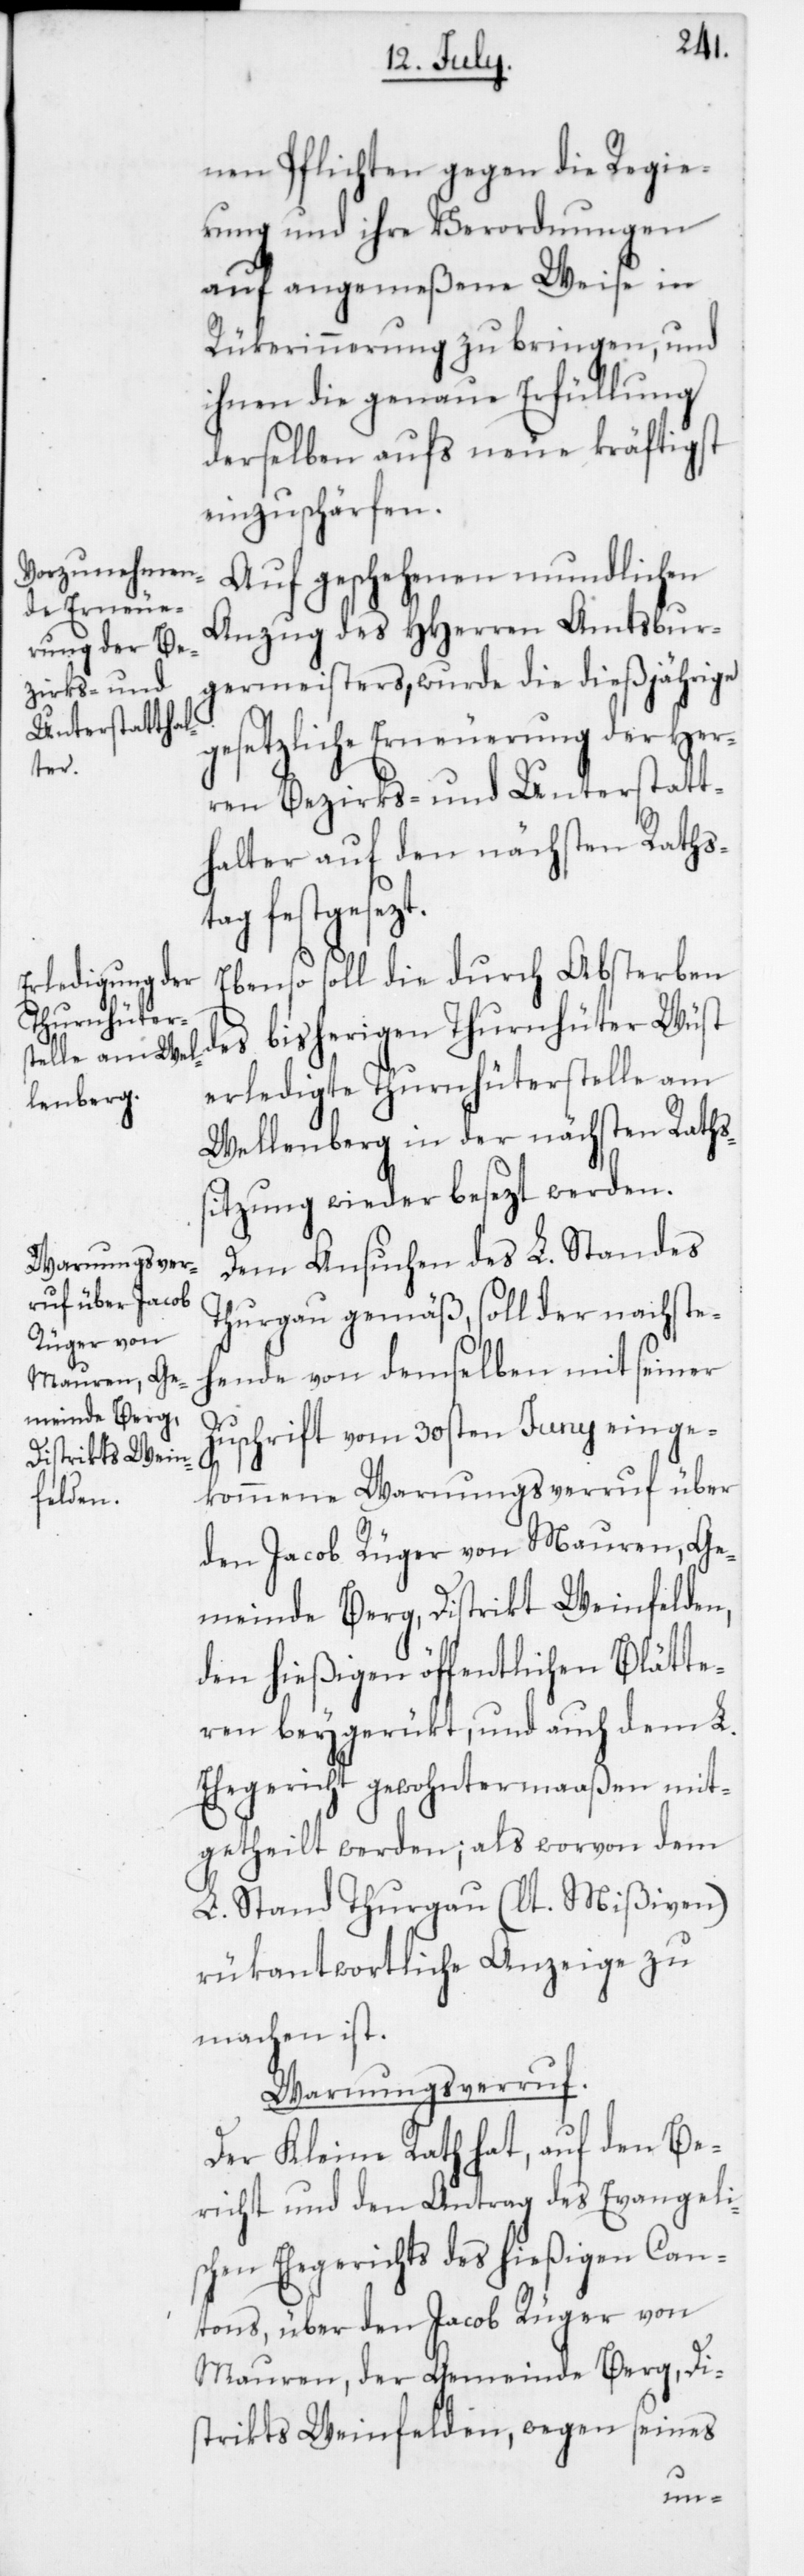
nen Pflichten gegen die Regie¬
rung und ihre Verordnungen
auf angemeßene Weise in
Rükerinnerung zu bringen, und
ihnen die genaue Erfüllung
derselben aufs neue kräftigst
einzuschärfen.
Auf geschehenen mundlichen
Anzug des HHerren Amtsbur¬
germeisters, wurde die dießjährige
gesetzliche Erneuerung der Her¬
ren Bezirks- und Unterstatt¬
halter auf den nächsten Raths¬
tag festgesezt.
Ebenso soll die durch Absterben
des bisherigen Thurnhüter Wüst
erledigte Thurnhüterstelle am
Wellenberg in der nächsten Raths¬
sitzung wieder besezt werden.
Dem Ansuchen des L. Standes
Thurgau gemäß, soll der nachste¬
hende von demselben mit seiner
Zuschrift vom 30sten Juny einge¬
kommene Warnungsverruf über
den Jacob Rüger von Mauren, Ge¬
meinde Berg, Distrikt Weinfelden,
den hießigen öffentlichen Blätte¬
ren beygerükt und auch dem L.
Ehegericht gewohntermaaßen mit¬
getheilt werden; als worvon dem
L. Stand Thurgau (laut Mißiven)
rükantwortliche Anzeige zu
machen ist.
Warnungsverruf.
Der Kleine Rath hat, auf den Be¬
richt und den Antrag des Evangeli¬
schen Ehegerichts des hießigen Can¬
tons, über den Jacob Rüger von
Mauren, der Gemeinde Berg, Di¬
strikts Weinfelden, wegen seines